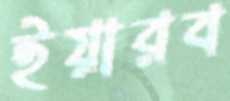
ইয়ারব